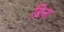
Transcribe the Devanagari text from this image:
ब्रिना